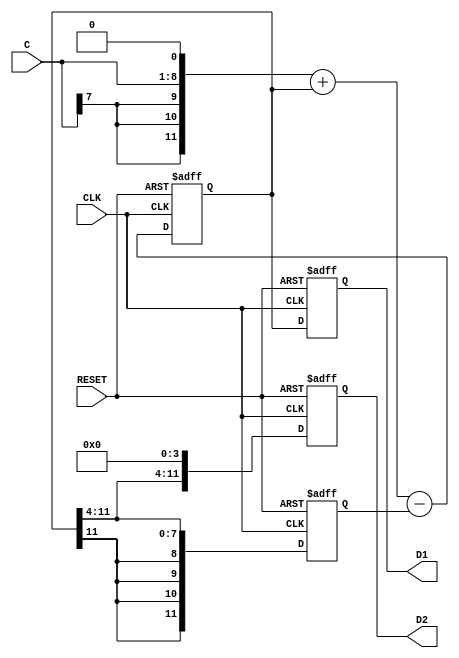
module loop_filter(CLK, RESET, C, D1, D2);
   input         CLK;
   input         RESET;
   input [7:0]   C;
   output [11:0] D1;
   output [11:0] D2;
   reg [11:0]    D1;
   reg [11:0]    D2;
   
   
   reg [11:0]    E;
   reg [11:0]    dtemp;
   
   
always @(posedge CLK or posedge RESET)
	if (RESET == 1'b1) begin
		D1 <= {12{1'b0}};
		D2 <= {12{1'b0}};
		E <= {12{1'b0}};
		dtemp <= {12{1'b0}};
	end
	else begin
		dtemp <= ({C[7], C[7], C[7], C, 1'b0}) + dtemp - E;
		E <= {dtemp[11], dtemp[11], dtemp[11], dtemp[11], dtemp[11:4]};
		D1 <= dtemp;
		D2 <= {dtemp[11:4], 4'b0000};
	end
   
endmodule